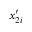
x _ { 2 i } ^ { \prime }